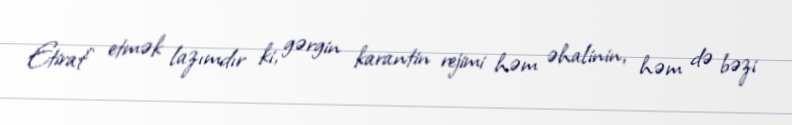
Etiraf etmək lazımdır ki, gərgin karantin rejimi həm əhalinin, həm də bəzi